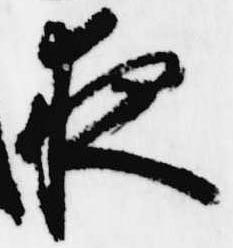
夜